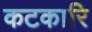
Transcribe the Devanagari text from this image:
कटकारि